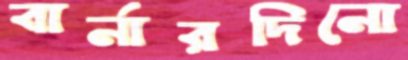
বার্নারদিনো